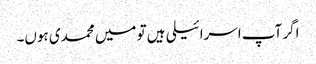
اگر آپ اسرائیلی ہیں تو میں محمدی ہوں۔